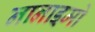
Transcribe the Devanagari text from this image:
नानाइमो